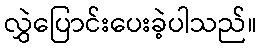
လွှဲပြောင်းပေးခဲ့ပါသည်။